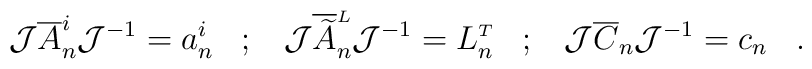
{\cal J} \overline{A}^i_n {\cal J}^{-1} = a^i_n \;\;\;;\;\;\;{\cal J} \overline{\widetilde A}^{\scriptscriptstyle L}_n{\cal J}^{-1} = L^{\scriptscriptstyle T}_n\;\;\;;\;\;\;{\cal J} \overline{C}_n {\cal J}^{-1} = c_n \;\;\;.